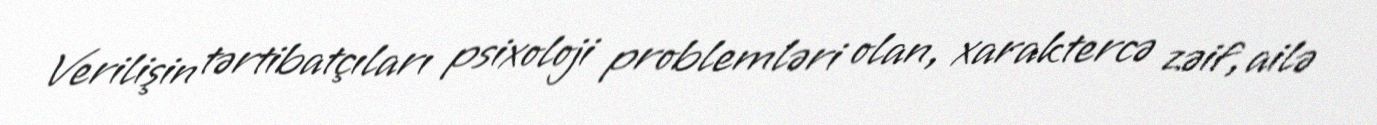
Verilişin tərtibatçıları psixoloji problemləri olan, xaraktercə zəif, ailə